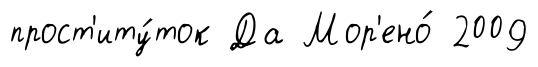
прост'иту́ток Да Мор'ено́ 2009